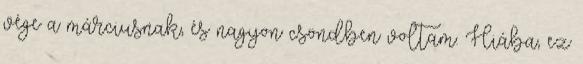
vége a márciusnak, és nagyon csöndben voltam. Hiába, ez